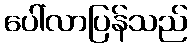
ပေါ်လာပြန်သည်